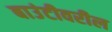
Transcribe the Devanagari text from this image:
बाउंटीवरील